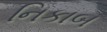
નિકાબ